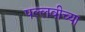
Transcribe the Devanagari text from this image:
पल्लवीच्या